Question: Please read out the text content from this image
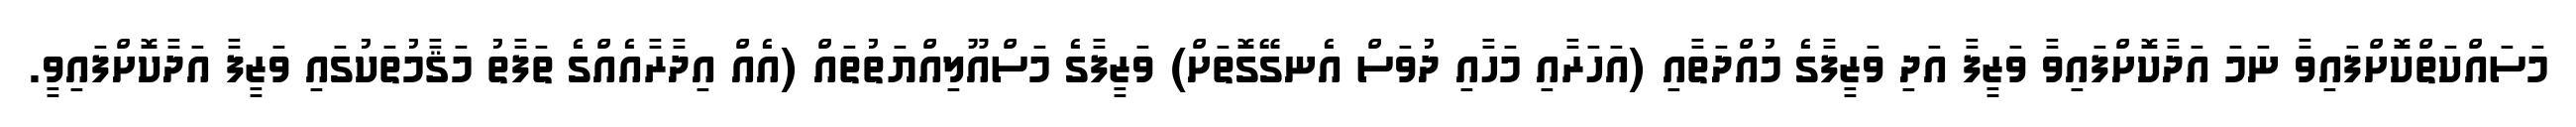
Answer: މަސައްކަތްކޮށްފައިވާ ނަމަ އަދާކޮށްފައިވާ ވަޒީފާ އަދި ވަޒީފާގެ މުއްދަތާއި (އަހަރާއި މަހާއި ދުވަސް އެނގޭގޮތަށް) ވަޒީފާގެ މަސްއޫލިއްޔަތުތައް (އެއް އިދާރާއެއްގެ ތަފާތު މަޤާމުތަކުގައި ވަޒީފާ އަދާކޮށްފައިވީ.